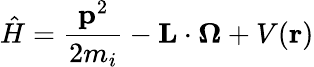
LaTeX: \hat{H}=\frac{{\mathbf{p}}^{2}}{2m_{i}}-{\mathbf{L}}\cdot{\mathbf{\Omega}}+V({\mathbf{r}})